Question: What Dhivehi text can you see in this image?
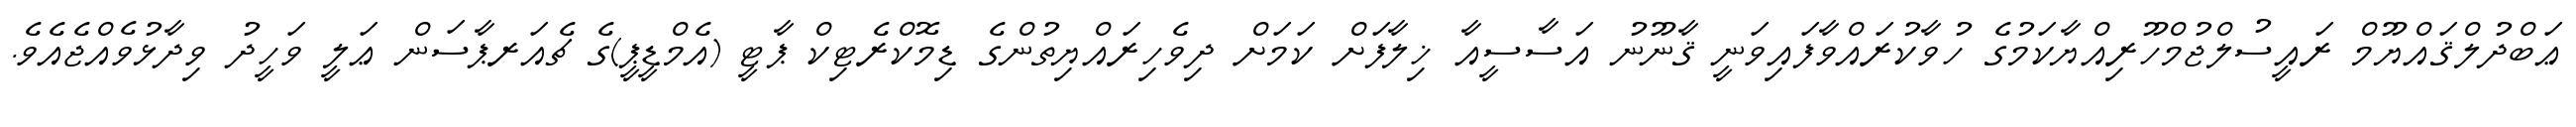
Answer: ޢަބްދުލްޤައްޔޫމް ރައީސުލްޖުމްހޫރިއްޔާކަމުގެ ހުވާކުރައްވާފައިވަނީ ޤާނޫނު އަސާސީއާ ޚިލާފަށް ކަމަށް ދިވެހިރައްޔިތުންގެ ޑިމޮކްރެޓިކް ޕާޓީ (އެމްޑީޕީ)ގެ ޗެއަރޕާސަން ޢަލީ ވަހީދު ވިދާޅުވެއްޖެއެވެ.